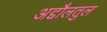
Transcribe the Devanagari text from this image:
अद्दौलतुल